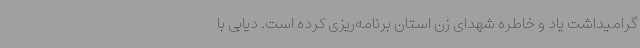
گرامیداشت یاد و خاطره شهدای زن استان برنامه‌ریزی کرده است. دیابی با